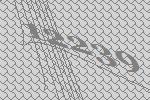
12239